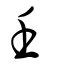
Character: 壬